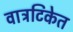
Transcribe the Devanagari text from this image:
वात्रटिकेत